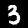
Digit: 3